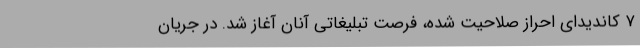
۷ کاندیدای احراز صلاحیت شده، فرصت تبلیغاتی آنان آغاز شد. در جریان